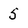
Character: 5